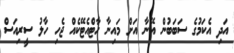
އަދި އެކަމުގެ ސަބަބުން އޭނާ އަށް މައިނާ ހާޓްއެޓޭކެއް ޖެހި ހާލު ސީރިއަސް